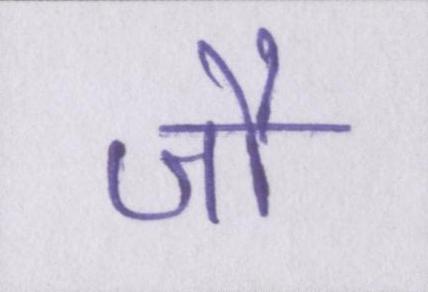
जौ